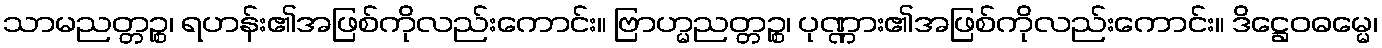
သာမညတ္တဉ္စ၊ ရဟန်း၏အဖြစ်ကိုလည်းကောင်း။ ဗြာဟ္မညတ္တဉ္စ၊ ပုဏ္ဏား၏အဖြစ်ကိုလည်းကောင်း။ ဒိဋ္ဌေဝဓမ္မေ၊